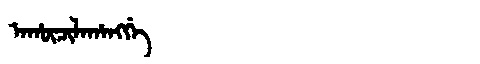
Manchu: ᠠᡥᡡᠴᡳᠯᠠᡥᠠᠩᡤᡝ
Romanization: AHŪCILAHANGGE